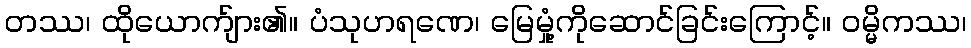
တဿ၊ ထိုယောက်ျား၏။ ပံသုဟရဏေ၊ မြေမှုံ့ကိုဆောင်ခြင်းကြောင့်။ ဝမ္မိကဿ၊